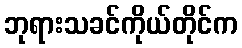
ဘုရားသခင်ကိုယ်တိုင်က